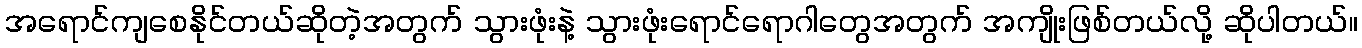
အရောင်ကျစေနိုင်တယ်ဆိုတဲ့အတွက် သွားဖုံးနဲ့ သွားဖုံးရောင်ရောဂါတွေအတွက် အကျိုးဖြစ်တယ်လို့ ဆိုပါတယ်။